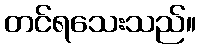
တင်ရသေးသည်။